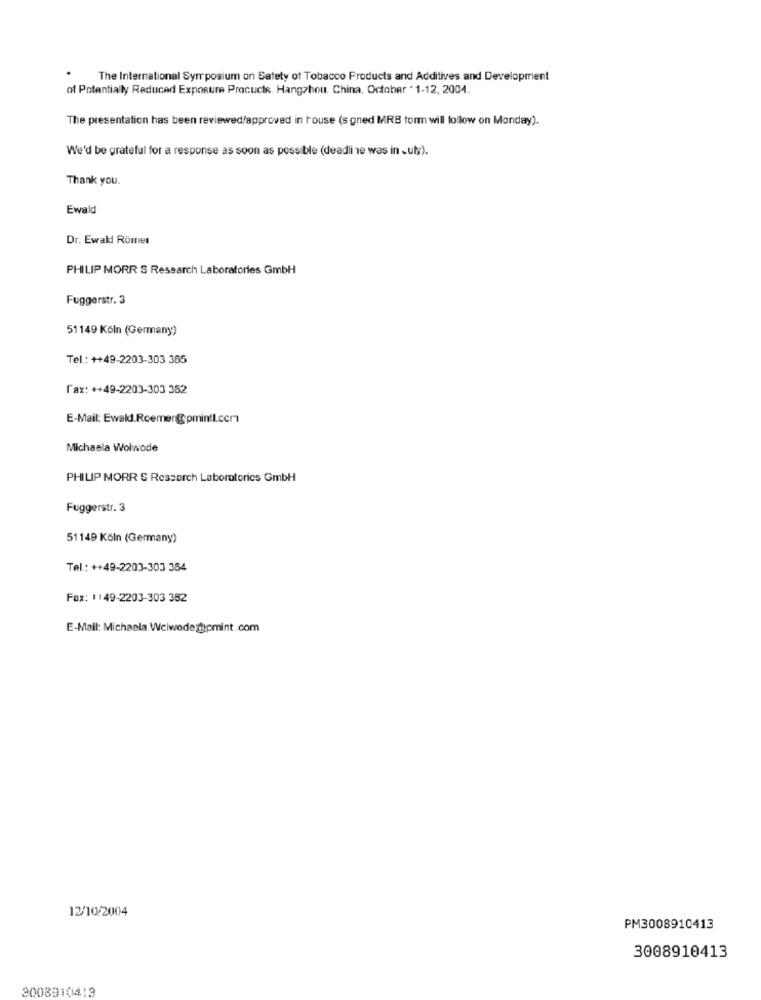
The International Symposium on Safety of Tobacco Products and Additives and Development
of Potentially Reduced Exposure Procucts. Hangzhou. China. October * 1-12, 2004.
The presentation has been reviewed/approved in touse (s gned MRB torm will follow on Monday).
We'd be grateful for a response as soon as possible (deadline was in -uly).
Thank you.
Ewald
Dr. Ewaki Römer
PHILIP MORR S Research Laboratories GmbH
Fuggerstr. 3
51149 Köln (Germany)
Tel: ++49-2203-303 365
fax: ++49-2203-303 362
E-Mail: Ewald.Roemer@pmintI.com
Michaela Wolwode
PHILIP MORR S Rescarch Laboratories GmbH
Fuggerstr. 3
51149 Köln (Germany)
Tel : ++49-2203-303 354
Fax: 1149-2203-303 352
E-Mail: Michaela.Welwode@pmint.com
12/10/2004
PM3008910413
3008910413
2008910413